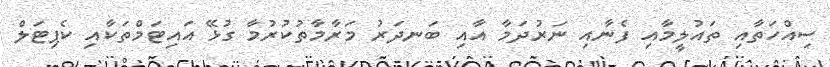
ސިއްހަތާއި ތައުލީމާއި ފެނާއި ނަރުދަމާ އާއި ބަނދަރު މަރާމާތުކުރުމާ ގުޅޭ އައިޓަމްތަކާއި ކެޕިޓަލް